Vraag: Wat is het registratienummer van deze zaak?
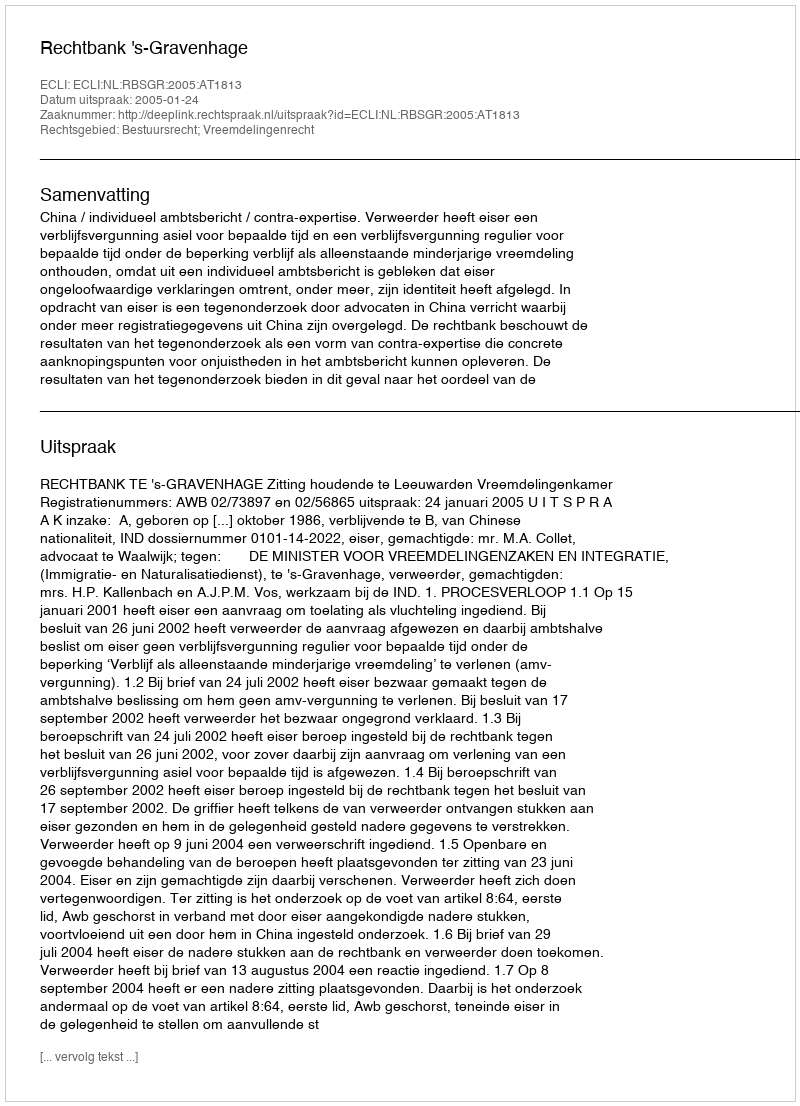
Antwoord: http://deeplink.rechtspraak.nl/uitspraak?id=ECLI:NL:RBSGR:2005:AT1813